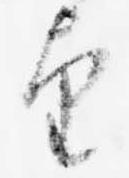
望